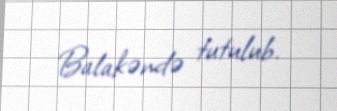
Balakəndə tutulub.